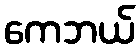
ကေဘယ်